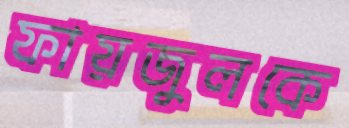
ফায়জুলকে